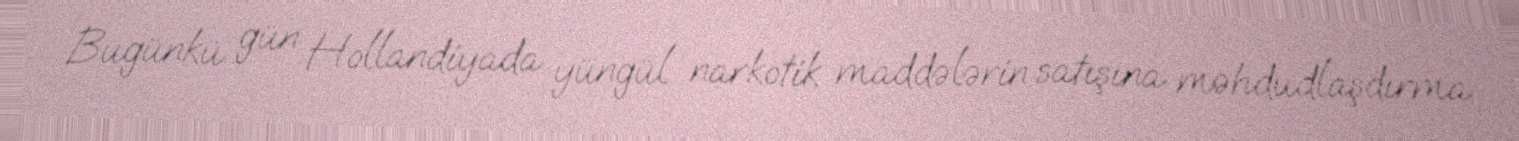
Bugünkü gün Hollandiyada yüngül narkotik maddələrin satışına məhdudlaşdırma